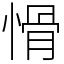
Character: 愲